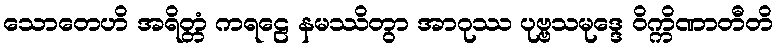
သောတေဟိ အရိတ္တံ ကရဠေ နမဿိတွာ အာဂုဿ ပုဗ္ဗသမုဒ္ဒေ ဝိက္ကိဏာတီတိ